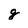
Character: q